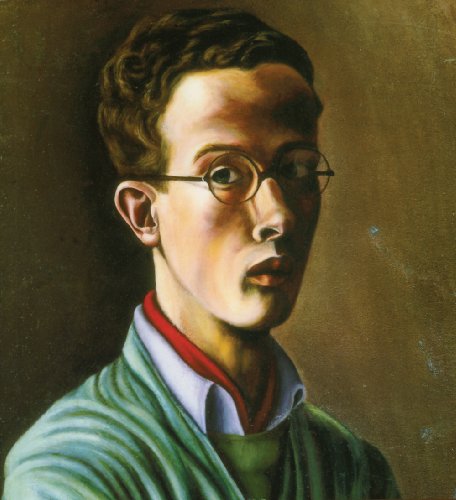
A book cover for Maiden Voyage; Denton Welch; Gay & Lesbian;